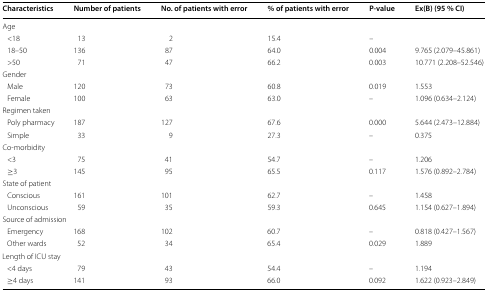
<table><thead><tr><td><b>Characteristics</b></td><td><b>Number of patients</b></td><td><b>No. of patients with error</b></td><td><b>% of patients with error</b></td><td><b>P-value</b></td><td><b>Ex(B) (95 % CI)</b></td></tr></thead><tbody><tr><td colspan="6">Age</td></tr><tr><td> &lt;18 </td><td>13</td><td>2</td><td>15.4</td><td>–</td><td></td></tr><tr><td> 18–50</td><td>136</td><td>87</td><td>64.0</td><td>0.004</td><td>9.765 (2.079–45.861)</td></tr><tr><td> &gt;50</td><td>71</td><td>47</td><td>66.2</td><td>0.003</td><td>10.771 (2.208–52.546)</td></tr><tr><td colspan="6">Gender</td></tr><tr><td> Male </td><td>120</td><td>73</td><td>60.8</td><td>0.019</td><td>1.553</td></tr><tr><td> Female</td><td>100</td><td>63</td><td>63.0</td><td>–</td><td>1.096 (0.634–2.124)</td></tr><tr><td colspan="6">Regimen taken</td></tr><tr><td> Poly pharmacy</td><td>187</td><td>127</td><td>67.6</td><td>0.000</td><td>5.644 (2.473–12.884)</td></tr><tr><td> Simple</td><td>33</td><td>9</td><td>27.3</td><td>–</td><td>0.375</td></tr><tr><td colspan="6">Co-morbidity</td></tr><tr><td> &lt;3 </td><td>75</td><td>41</td><td>54.7</td><td>–</td><td>1.206</td></tr><tr><td> ≥3</td><td>145</td><td>95</td><td>65.5</td><td>0.117</td><td>1.576 (0.892–2.784)</td></tr><tr><td colspan="6">State of patient</td></tr><tr><td> Conscious</td><td>161</td><td>101</td><td>62.7</td><td>–</td><td>1.458</td></tr><tr><td> Unconscious</td><td>59</td><td>35</td><td>59.3</td><td>0.645</td><td>1.154 (0.627–1.894)</td></tr><tr><td colspan="6">Source of admission</td></tr><tr><td> Emergency </td><td>168</td><td>102</td><td>60.7</td><td>–</td><td>0.818 (0.427–1.567)</td></tr><tr><td> Other wards</td><td>52</td><td>34</td><td>65.4</td><td>0.029</td><td>1.889</td></tr><tr><td colspan="6">Length of ICU stay</td></tr><tr><td> &lt;4 days </td><td>79</td><td>43</td><td>54.4</td><td>–</td><td>1.194</td></tr><tr><td> ≥4 days</td><td>141</td><td>93</td><td>66.0</td><td>0.092</td><td>1.622 (0.923–2.849)</td></tr></tbody></table>